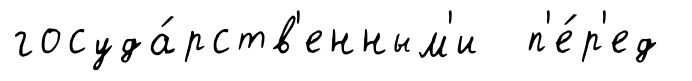
госуда́рств'енным'и п'е́р'ед